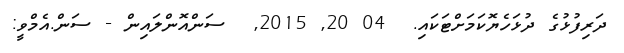
ދަރިފުޅުގެ ދުޅަހެޔޮކަމަށްޓަކައި.  04 20